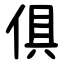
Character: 俱